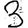
Digit: 3